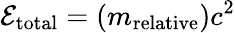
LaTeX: \mathcal{E}_{\mathrm{{total}}}=(m_{\mathrm{{relative}}})c^{2}